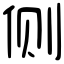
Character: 侧